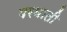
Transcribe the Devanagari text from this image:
परघाती